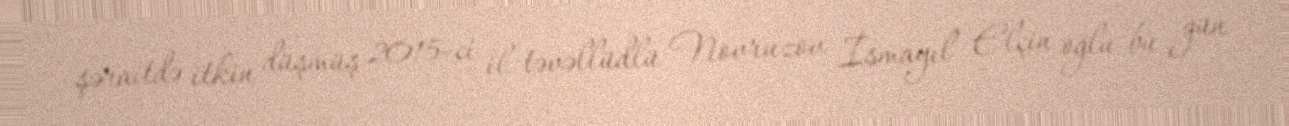
şəraitdə itkin düşmüş 2015-ci il təvəllüdlü Novruzov İsmayıl Elçin oğlu bu gün